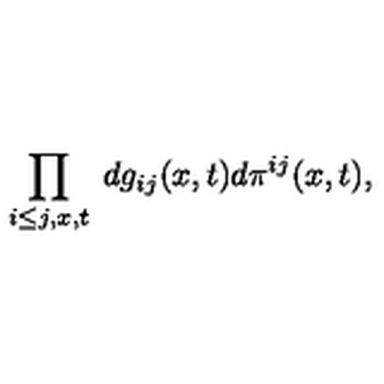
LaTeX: \prod _ { i \leq j , x , t } \: d g _ { i j } ( x , t ) d \pi ^ { i j } ( x , t ) ,